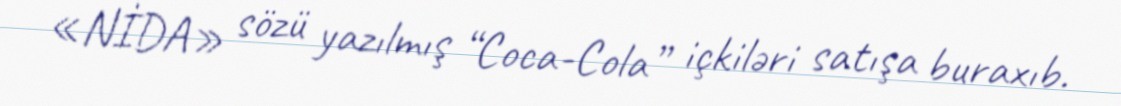
«NİDA» sözü yazılmış “Coca-Cola” içkiləri satışa buraxıb.